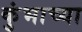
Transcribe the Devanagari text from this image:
कुंभाच्या